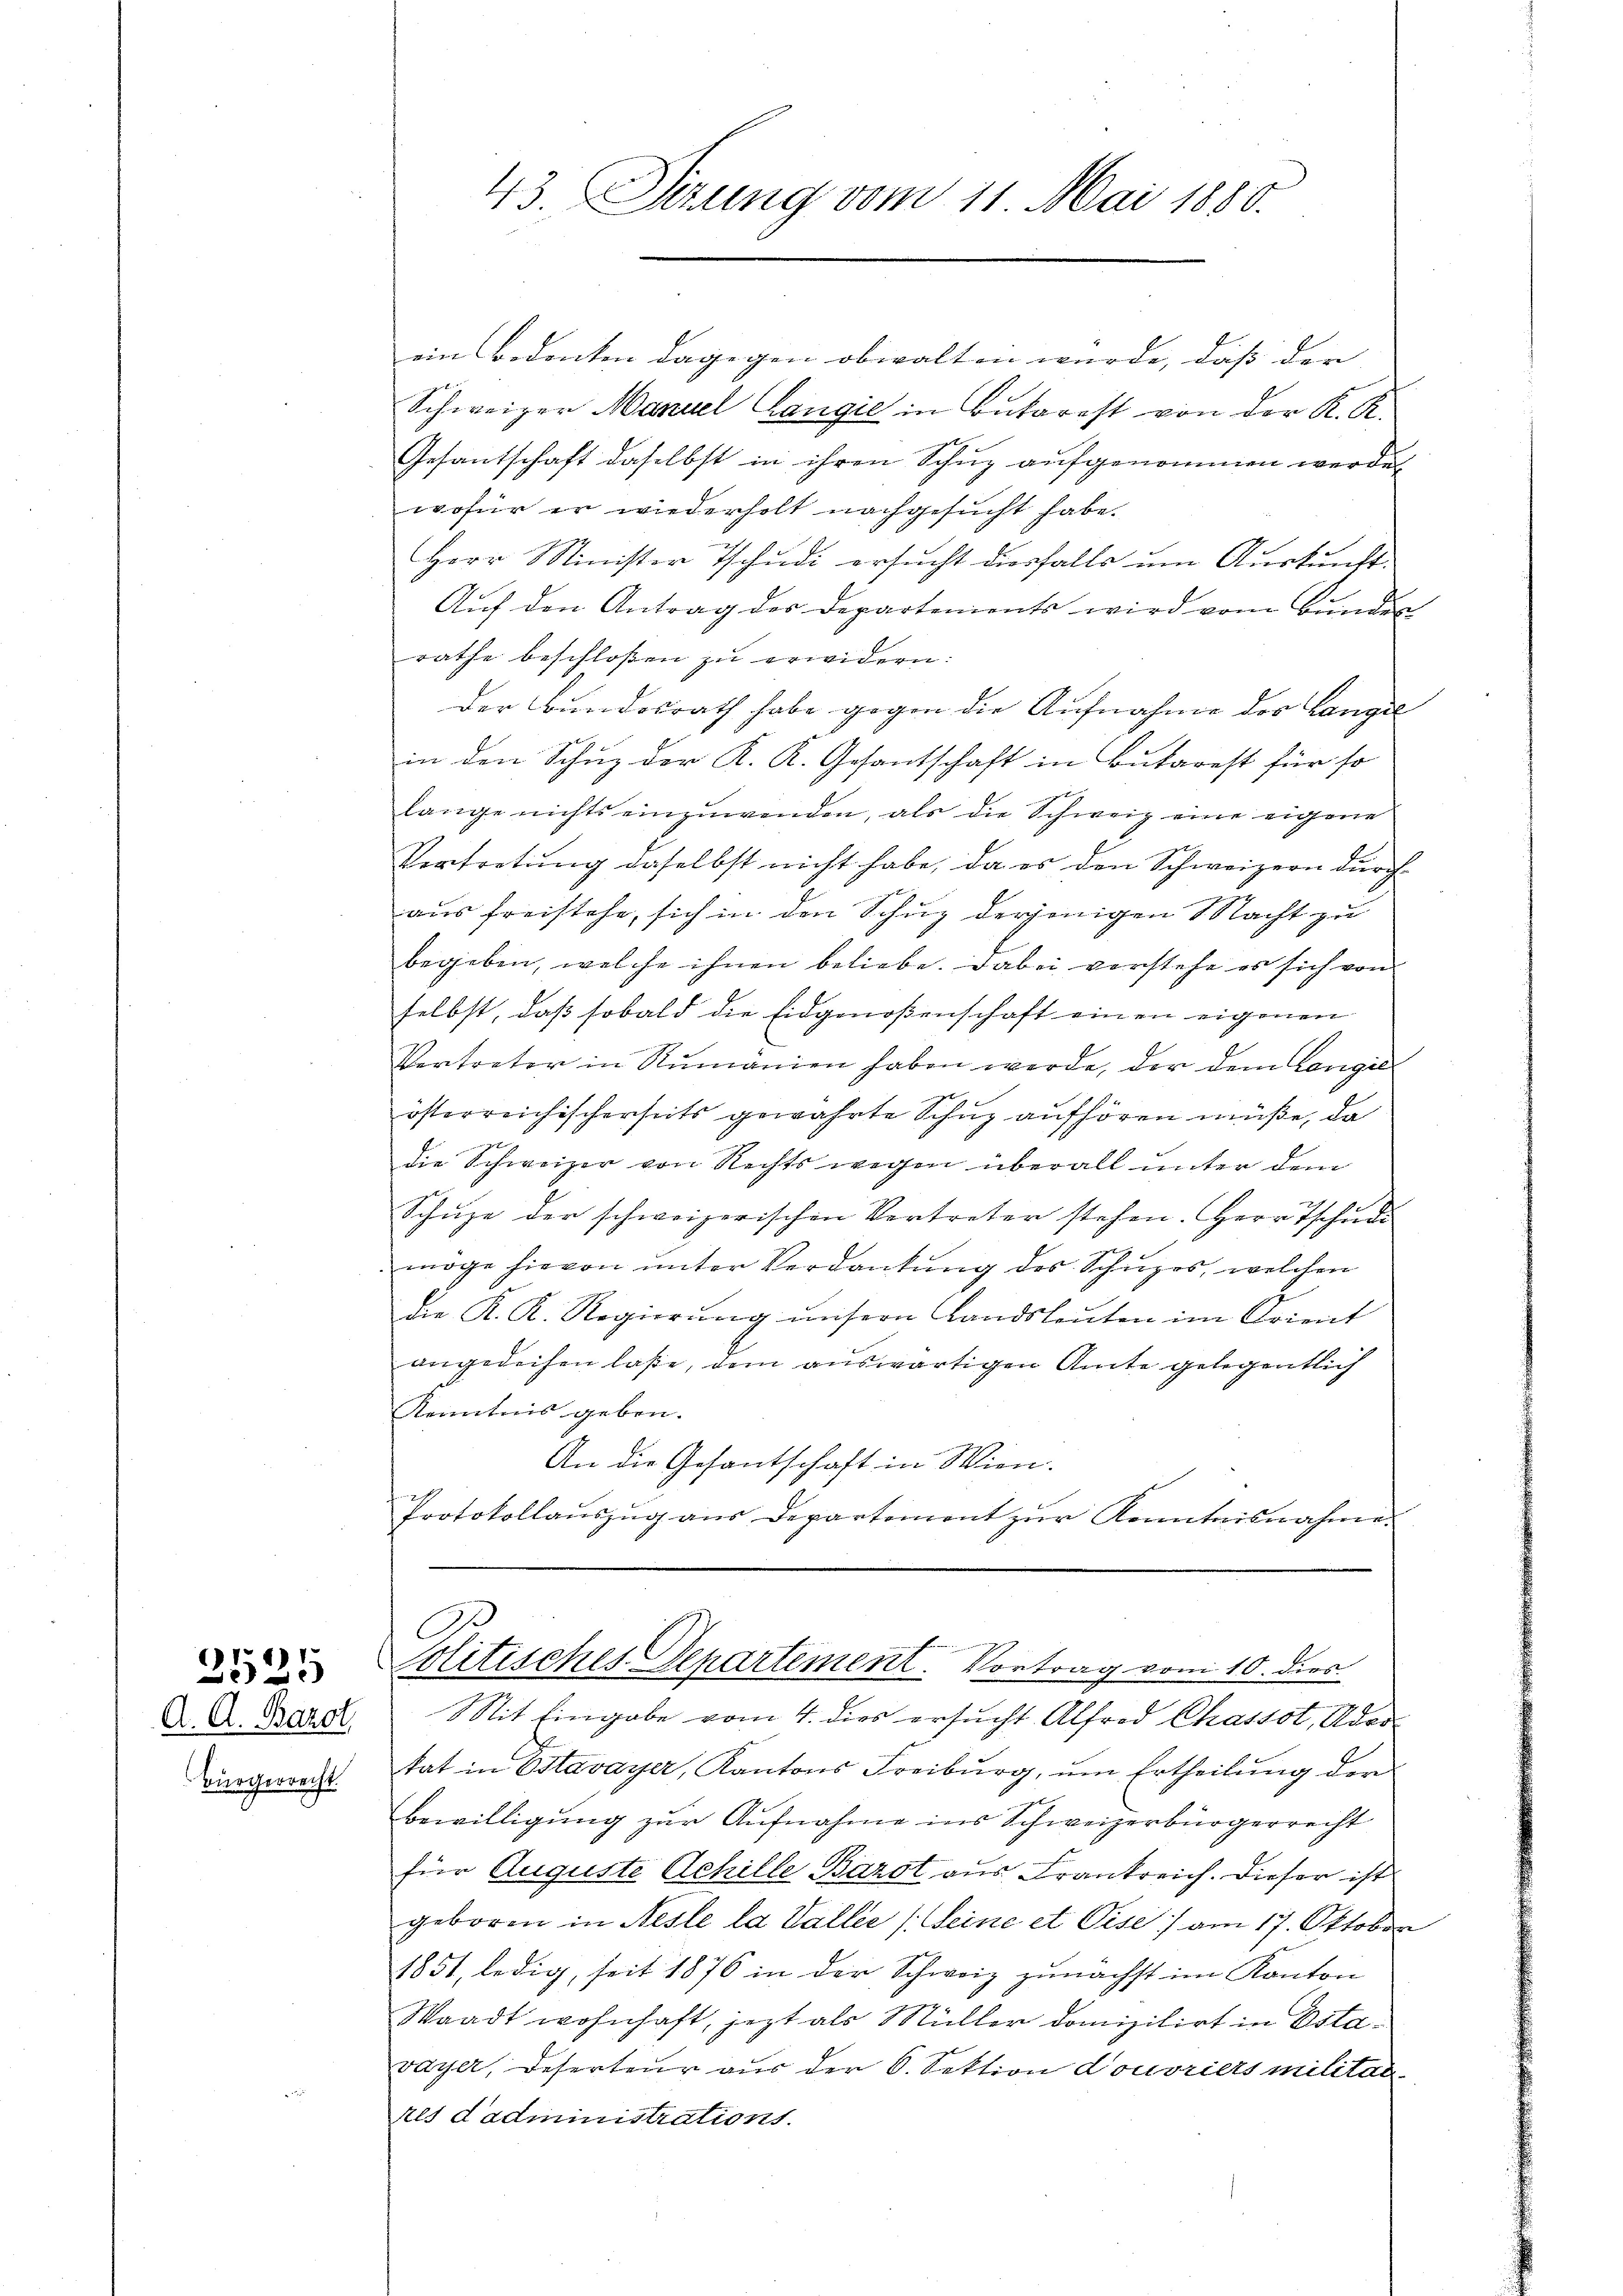
A. A. Barol
Bürgerrecht.

1.
1
e

ein Bedenken dagegen obwalten würde, dass der |
Schweizer Manuel Langić in Butarest von der K. K.
Gesandschaft daselbst in ihren Schuz aufgenommen werde.
wofür er wiederholt nachgesucht habe.
Herr Minister Tschudi ersucht diesfalls um Auskunft
Auf den Antrag des Departements wird vom Bunder
rathe beschloßen zu erwidern:
Der Bundesrath habe gegen die Aufnahme des Langel
in den Schuz der K. K. Gesantschaft in Butarest für so
lange nichts einzuwenden, als die Schweiz eine eigene
Vertretung daselbst nicht habe, da es den Schweizern durch
aus freistehe, sich in den Schuz derjenigen Nacht zu
begeben, welche ihnen beliebe. Dabei vorstehe es sich von
selbst, daß sobald die Eidgenoßenschaft einen eigenen
Vertreter in Rumanien haben werde, der dem Langil
österreichischerseits gewährte Schuz aufhören müße, da
die Schweizer von Rechts wegen überall unter dem
Schŭze der schweizerischen Vertreter stehen. Herr Tschŭde
möge hievon unter Verdankung des Schuzes, welchen
die K. K. Regierŭng unsern Landsleuten im Orient
angedeihen laße, dem auswärtigen Amte gelegentlich
Kenntnis geben.
An die Gesantschaft in Wien.
Protokollaŭszŭg aŭs Departement zŭr Kenntnisnahmen

43. Setzung vom 11. Mai 1880.

C
Politisches Departement. Vortrag vom 10. dies

Mit Eingabe vom 4. dies ersucht Alfred Chassot, Ader
tat in Estavayer, Kantons Freiburg, um Ertheilung der
Bewilligung zur Aufnahme ins Schweizerbürgerrecht
für Auguste Achille Bazot aus Frankreich. Dieser ist
geboren in Nesle la Valler (Seine et Pise am 17. Oktober
1851, ledig, seit 1876 in der Schweiz zunächst im Kanton
Waadt wohnhaft, jezt als Müller domizilirt in Estavayer, Deserteur aus der 6. Sektion Louvriers militar-
res dadministrations.